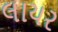
લાયર